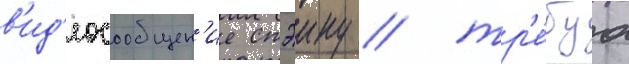
в'ид'еосообщен'ие стэину / тр'е́буа